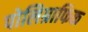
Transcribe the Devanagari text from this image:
पोलिग्राफिक